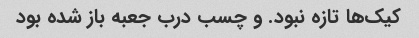
کیک‌ها تازه نبود. و چسب درب جعبه باز شده بود